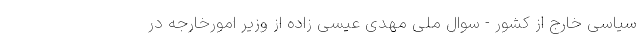
سیاسی خارج از کشور - سوال ملی مهدی عیسی زاده از وزیر امورخارجه در